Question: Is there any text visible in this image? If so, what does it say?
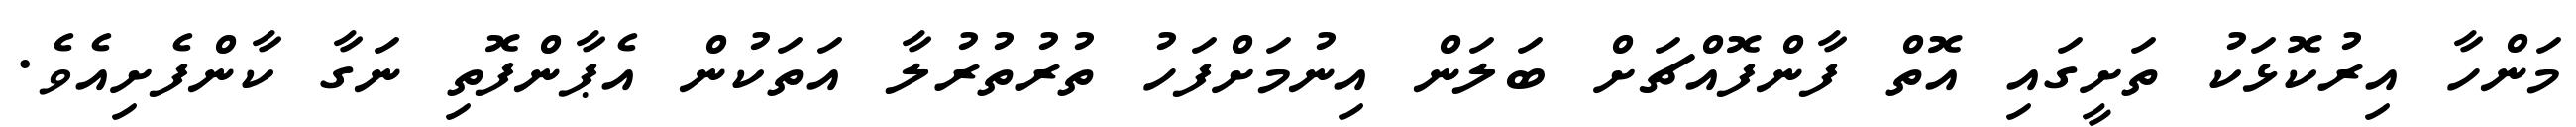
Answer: މަންހާ އިރުކޮޅަކު ތަށީގައި އޮތް ފާންފޮއްޗަށް ބަލަން އިނުމަށްފަހު ތުރުތުރުލާ އަތަކުން އެޕާންފޮތި ނަގާ ކާންފެށިއެވެ.